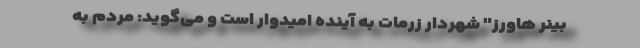
بینر هاورز" شهردار زرمات به آینده امیدوار است و می‌گوید: مردم به